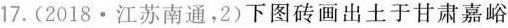
17.(2018·江苏南通，2)下图砖画出土于甘肃嘉峪